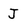
Character: J